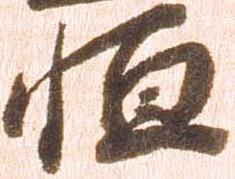
恒